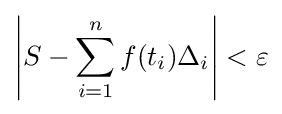
\left|S-\sum _{i=1}^{n}f(t_{i})\Delta _{i}\right|<\varepsilon